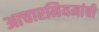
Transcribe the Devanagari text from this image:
आचारनियमांची